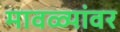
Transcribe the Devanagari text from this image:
मावळ्यांवर